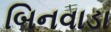
બિનવાડા